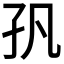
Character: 𭒺